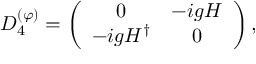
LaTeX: { \cal D } _ { 4 } ^ { ( \varphi ) } = \left( \begin{array} { c c } { { 0 } } & { { - i g H } } \\ { { - i g H ^ { \dagger } } } & { { 0 } } \end{array} \right) ,